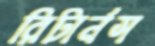
রিটার্নস